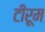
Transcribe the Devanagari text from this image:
टीरूम